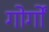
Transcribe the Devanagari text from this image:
गोर्गों